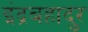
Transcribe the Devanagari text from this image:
इंद्रबहादुर